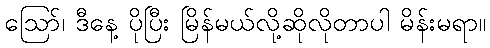
ဪ၊ ဒီနေ့ ပိုပြီး မြိန်မယ်လို့ဆိုလိုတာပါ မိန်းမရာ။